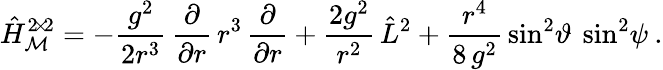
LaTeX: \hat{H}_{\mathcal M}^{2\! \times\! 2}=-\frac{g^{2}}{2r^{3}}\, \frac{\partial}{\partial r}\, r^{3}\, \frac{\partial}{\partial r}+\frac{2g^{2}}{r^{2}}\, \hat{L}^{2}+\frac{r^{4}}{8\, g^{2}}\, \sin^{2}\! \vartheta\: \sin^{2}\! \psi\: .